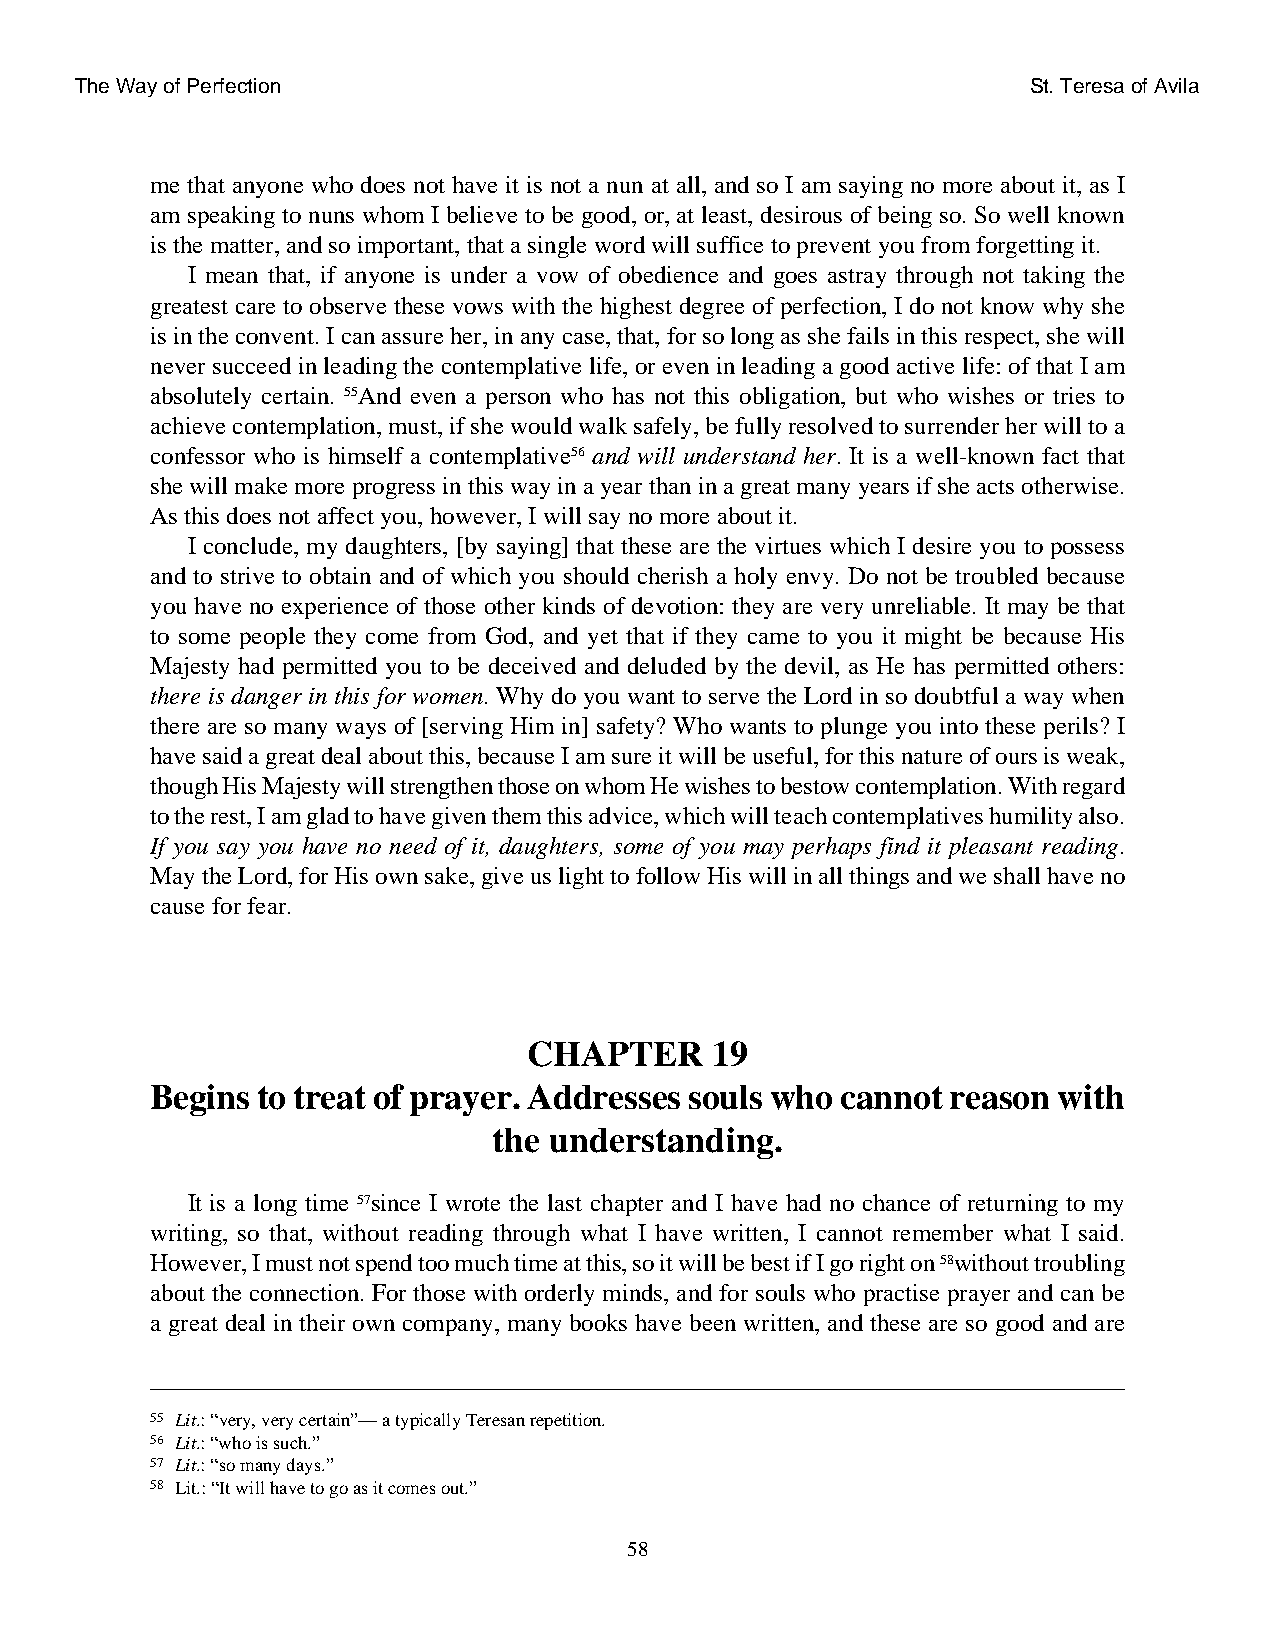
The Way of Perfection                                          St. Teresa of Avila
 me that anyone who does not have it is not a nun at all, and so I am saying no more about it, as I
 am speaking to nuns whom I believe to be good, or, at least, desirous of being so. So well known
 is the matter, and so important, that a single word will suffice to prevent you from forgetting it.
 I mean that, if anyone is under a vow of obedience and goes astray through not taking the
 greatest care to observe these vows with the highest degree of perfection, I do not know why she
 is in the convent. I can assure her, in any case, that, for so long as she fails in this respect, she will
 never succeed in leading the contemplative life, or even in leading a good active life: of that I am
 absolutely certain. 55And even a person who has not this obligation, but who wishes or tries to
 achieve contemplation, must, if she would walk safely, be fully resolved to surrender her will to a
 confessor who is himself a contemplative56 and will understand her. It is a well-known fact that
 she will make more progress in this way in a year than in a great many years if she acts otherwise.
 As this does not affect you, however, I will say no more about it.
 I conclude, my daughters, [by saying] that these are the virtues which I desire you to possess
 and to strive to obtain and of which you should cherish a holy envy. Do not be troubled because
 you have no experience of those other kinds of devotion: they are very unreliable. It may be that
 to some people they come from God, and yet that if they came to you it might be because His
 Majesty had permitted you to be deceived and deluded by the devil, as He has permitted others:
 there is danger in this for women. Why do you want to serve the Lord in so doubtful a way when
 there are so many ways of [serving Him in] safety? Who wants to plunge you into these perils? I
 have said a great deal about this, because I am sure it will be useful, for this nature of ours is weak,
 though His Majesty will strengthen those on whom He wishes to bestow contemplation. With regard
 to the rest, I am glad to have given them this advice, which will teach contemplatives humility also.
 If you say you have no need of it, daughters, some of you may perhaps find it pleasant reading.
 May the Lord, for His own sake, give us light to follow His will in all things and we shall have no
 cause for fear.
 CHAPTER     19
 Begins to treat of prayer. Addresses souls who cannot reason with
 the understanding.
 It is a long time 57since I wrote the last chapter and I have had no chance of returning to my
 writing, so that, without reading through what I have written, I cannot remember what I said.
 However, I must not spend too much time at this, so it will be best if I go right on 58without troubling
 about the connection. For those with orderly minds, and for souls who practise prayer and can be
 a great deal in their own company, many books have been written, and these are so good and are
 55 Lit.: “very, very certain”— a typically Teresan repetition.
 56 Lit.: “who is such.”
 57 Lit.: “so many days.”
 58 Lit.: “It will have to go as it comes out.”
 58